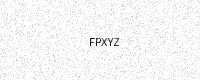
Text: FPXYZ